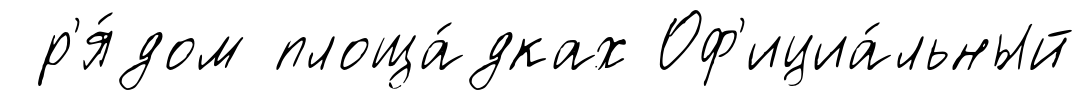
р'я́дом площа́дках Оф'ициа́льный